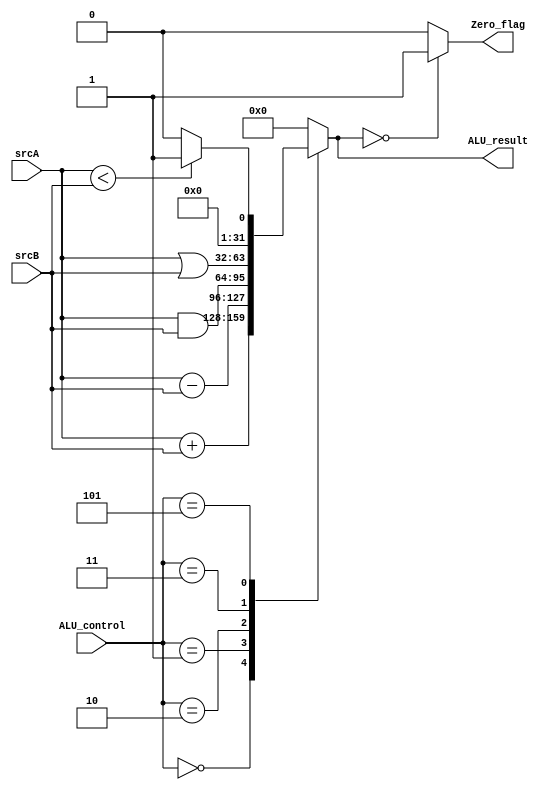
module ALU1(
 input [31:0]srcA, srcB,
 input [2:0]ALU_control,
 output reg [31:0]ALU_result,
 output Zero_flag
 );

 always @(*)
  begin 
   case(ALU_control)
   3'b000: ALU_result = srcA + srcB;
   3'b001: ALU_result = srcA - srcB;
   3'b010: ALU_result = srcA & srcB;
   3'b011: ALU_result = srcA | srcB;
   3'b101: begin 
            if(srcA < srcB)
             ALU_result = 1;
            else
             ALU_result = 0;
           end
   default: ALU_result = 32'd0;
   endcase 
  end
 assign Zero_flag = (ALU_result == 0)? 32'd1:32'd0;
endmodule